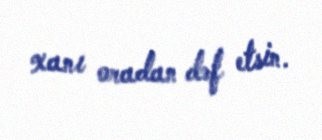
xanı oradan dəf etsin.